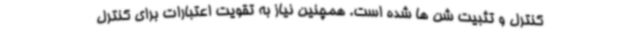
کنترل و تثبیت شن ها شده است. همچنین نیاز به تقویت اعتبارات برای کنترل